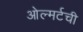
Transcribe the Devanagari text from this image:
ओल्मर्टची